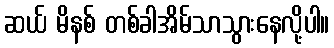
ဆယ် မိနစ် တစ်ခါအိမ်သာသွားနေလို့ပါ။